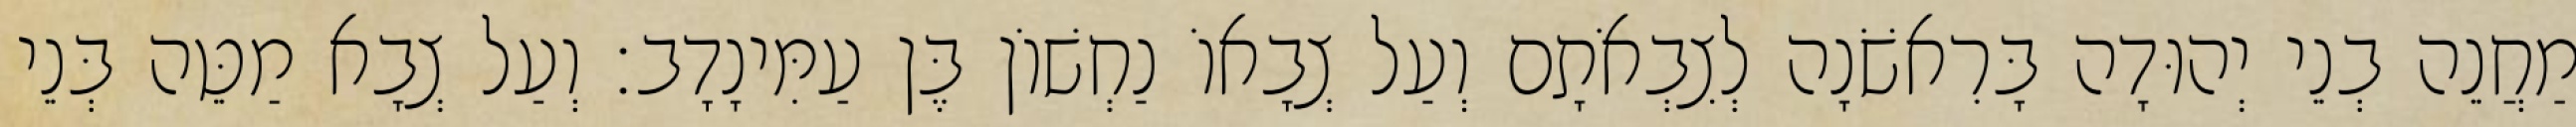
מַחֲנֵה בְנֵי יְהוּדָה בָּרִאשֹׁנָה לְצִבְאֹתָם וְעַל צְבָאוֹ נַחְשׁוֹן בֶּן עַמִּינָדָב׃ וְעַל צְבָא מַטֵּה בְּנֵי